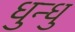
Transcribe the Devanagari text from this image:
धुन्धु